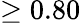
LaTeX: \ge 0.80